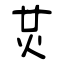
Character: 炗